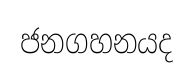
ජනගහනයද